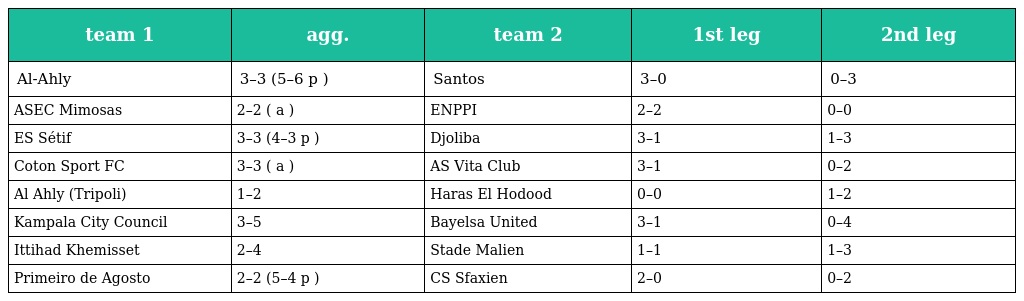
| team 1 | agg. | team 2 | 1st leg | 2nd leg |
 | --- | --- | --- | --- | --- |
 | Al-Ahly | 3–3 (5–6 p ) | Santos | 3–0 | 0–3 |
 | ASEC Mimosas | 2–2 ( a ) | ENPPI | 2–2 | 0–0 |
 | ES Sétif | 3–3 (4–3 p ) | Djoliba | 3–1 | 1–3 |
 | Coton Sport FC | 3–3 ( a ) | AS Vita Club | 3–1 | 0–2 |
 | Al Ahly (Tripoli) | 1–2 | Haras El Hodood | 0–0 | 1–2 |
 | Kampala City Council | 3–5 | Bayelsa United | 3–1 | 0–4 |
 | Ittihad Khemisset | 2–4 | Stade Malien | 1–1 | 1–3 |
 | Primeiro de Agosto | 2–2 (5–4 p ) | CS Sfaxien | 2–0 | 0–2 |